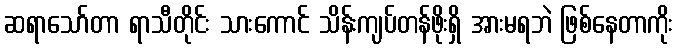
ဆရာသော်တာ ရာသီတိုင်း သားကောင် သိန်းကျပ်တန်ဖိုးရှိ အားမရဘဲ ဖြစ်နေတာကိုး